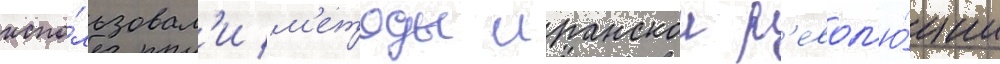
испо́льзовал'и м'етоды иранскои р'евол'ю́ции